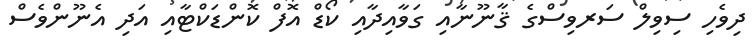
ދިވެހި ސިވިލް ސަރވިސްގެ ޤާނޫނާއި ގަވާއިދާއި ކޯޑް އޮފް ކޮންޑަކްޓާއި އަދި އެނޫންވެސް